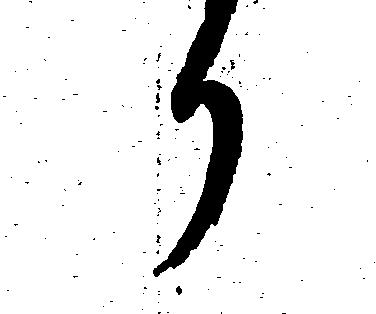
か